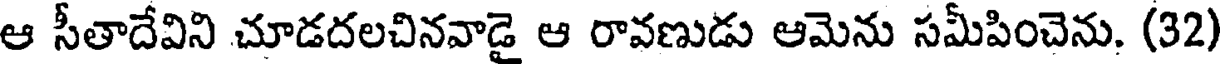
ఆ సీతాదేవిని చూడదలచినవాడై ఆ రావణుడు ఆమెను సమీపించెను. (32)